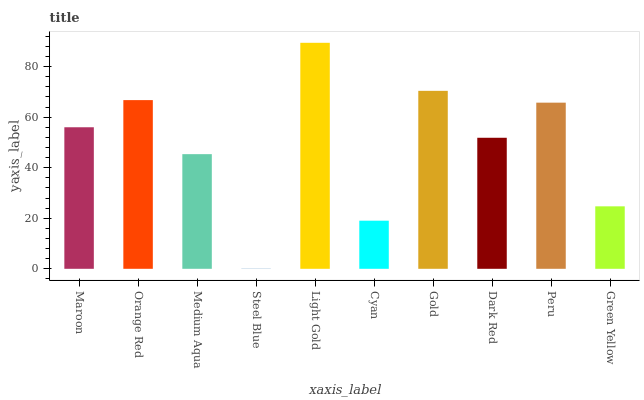
| xaxis_label | bars |
 | --- | --- |
 | Maroon | 56 |
 | Orange Red | 66.7 |
 | Medium Aqua | 45.4 |
 | Steel Blue | 0.0764 |
 | Light Gold | 89.4 |
 | Cyan | 19 |
 | Gold | 70.4 |
 | Dark Red | 51.8 |
 | Peru | 65.7 |
 | Green Yellow | 24.7 |